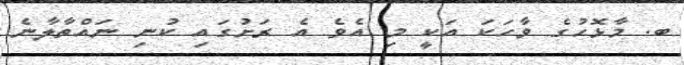
ބ. މާޅޮހުގެ ވާހަކަ އަަކީ މި އެވެ އެ ރަށުގައި ކުނި ނައްތާލާނެ